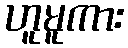
ဟူမူကား